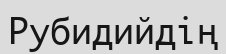
Рубидийдің